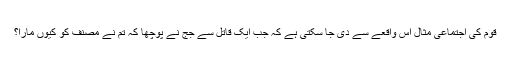
قوم کی اجتماعی مثال اس واقعے سے دی جا سکتی ہے کہ جب ایک قاتل سے جج نے پوچھا کہ تم نے مصنف کو کیوں مارا؟